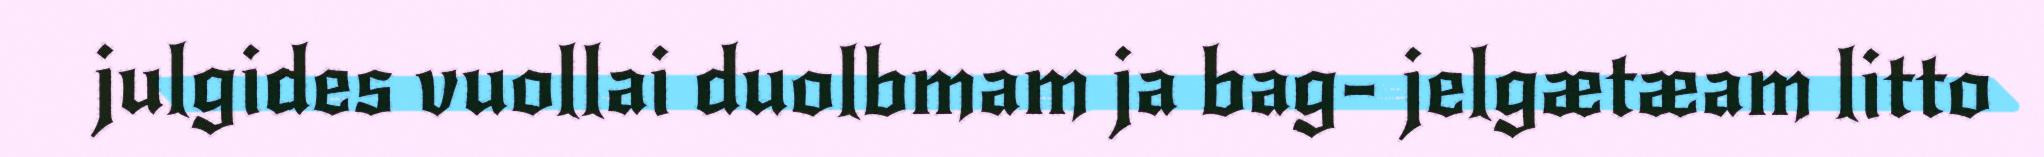
julgides vuollai duolbmam ja bag- jelgætæam litto